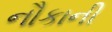
નૌકાની